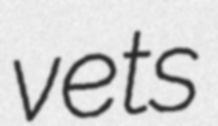
vets